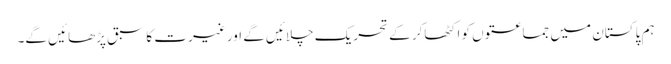
ہم پاکستان میں جماعتوں کو اکٹھاکر کے تحریک چلائیں گے اور غیرت کا سبق پڑھائیں گے۔